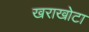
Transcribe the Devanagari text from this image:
खराखोटा